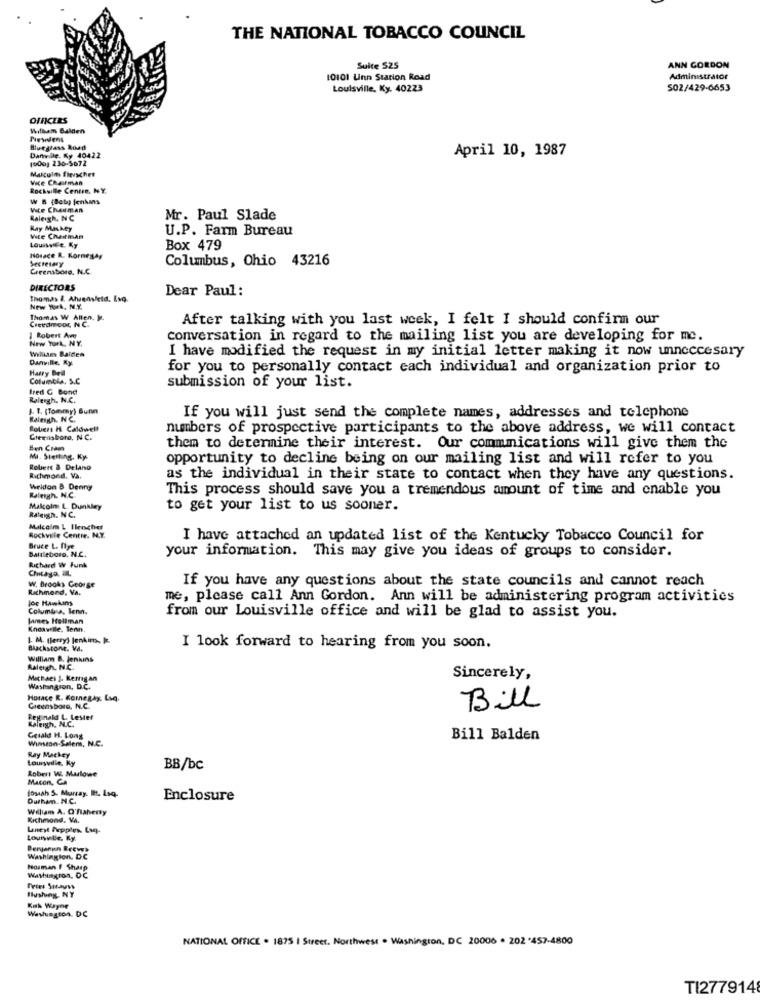
THE NATIONAL TOBACCO COUNCIL
Suite S25
ANN GORDON
10101 Uinn Starion Road
Administrator
Louisville, Ky. 40223
502/429-6653
OFFICEES
Willem Balden
Piesdens
Bluegrass Road
April 10, 1987
Danville. Ky 40422
1600) 230-5072
Mascults fleischet
Vice Chairman
Rockville Centre, NY.
W B (Bob) IchAMs
Vice Chauman
Raleigh, NC
Mr. Paul Slade
Hay Maskey
U.P. Farm Bureau
Vice Chairman
LouiseFe. Ky
Box 479
Horace R. Kornesas
SecretMy
Columbus, Ohio 43216
Creenstore, N.C
DIRECTORS
Dear Paul:
New York, N.Y.
Thomas W Alten. M.
After talking with you last week, I felt I should confirm our
Robert Ave
conversation in regard to the mailing list you are developing for me.
Willam Balden
I have modified the request in my initial letter making it now unneccesary
Danville, Ky.
Harry Dell
for you to personally contact each individual and organization prior to
Columbia, S.C
fred G Bond
submission of your list.
Raleigh. N.C.
1. 1. (Tommy) Sunn
Kaleigh. N.C.
If you will just send the complete names, addresses and telephone
Robert H. Caldwell
numbers of prospective participants to the above address, we will contact
Greensboro, NC.
them to determine their interest. Our commmications will give them the
MI. Stelling. Ky
opportunity to decline being on our mailing list and will refer to you
Robert & Delano
Richmond. Va.
as the individual in their state to contact when they have any questions.
Weldon & Denny
This process should save you a tremendous amount of time and enable you
Raleigh. N.C.
Malcolm L. Dunkley
to get your list to us sooner.
Raleigh. NC.
Malcolm L Ilenchef
Rockville Centir. N.Y.
I have attached an updated list of the Kentucky Tobacco Council for
Bruce L. flye
Baltleboro. N.C.
your information. This may give you ideas of groups to consider.
Richard W Funk
If you have any questions about the state councils and cannot reach
Richmond, Va.
W. Brooks George
joe Hawkans
me, please call Ann Gordon. Ann will be administering program activities
Columbia, lenn.
from our Louisville office and will be glad to assist you.
James Hellman
Knoaweile, Tenn.
1 M. (lerry) Jenkims kč
Blackstone. VA.
I look forward to hearing from you soon.
William B. jenkins
Raleigh. N.C.
Michael J. Kerrigan
Sincerely,
Washingson, D.C.
Horace R. Komnegay, Lig.
Greensboro, N.C.
Bill
Reginald L. Lester
Lalength, N.C.
Gerald H. Long
Winston-Salem, N.C.
Bill Balden
Lourwville, Ky
Ray Mackey
Robert W. Murlowe
BB/bc
Macon, Ca
josiah 5. Murray. I. Isq.
Durham. N.C.
Enclosure
William A. O'flaherty
Richmond. Va.
Wneyt Pepples Lag.
LounBe, Ky
Berganun Breve?
Washington, DC
Hosman f Sharp
Washington, DC
Ihshog NY
Kik Wayne
Washington, DC
NATIONAL OFFICE . 1875 | Street. Northwest . Washington, DC 20006 . 202 '457-4800
TI277914